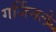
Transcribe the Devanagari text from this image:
गर्जिनले